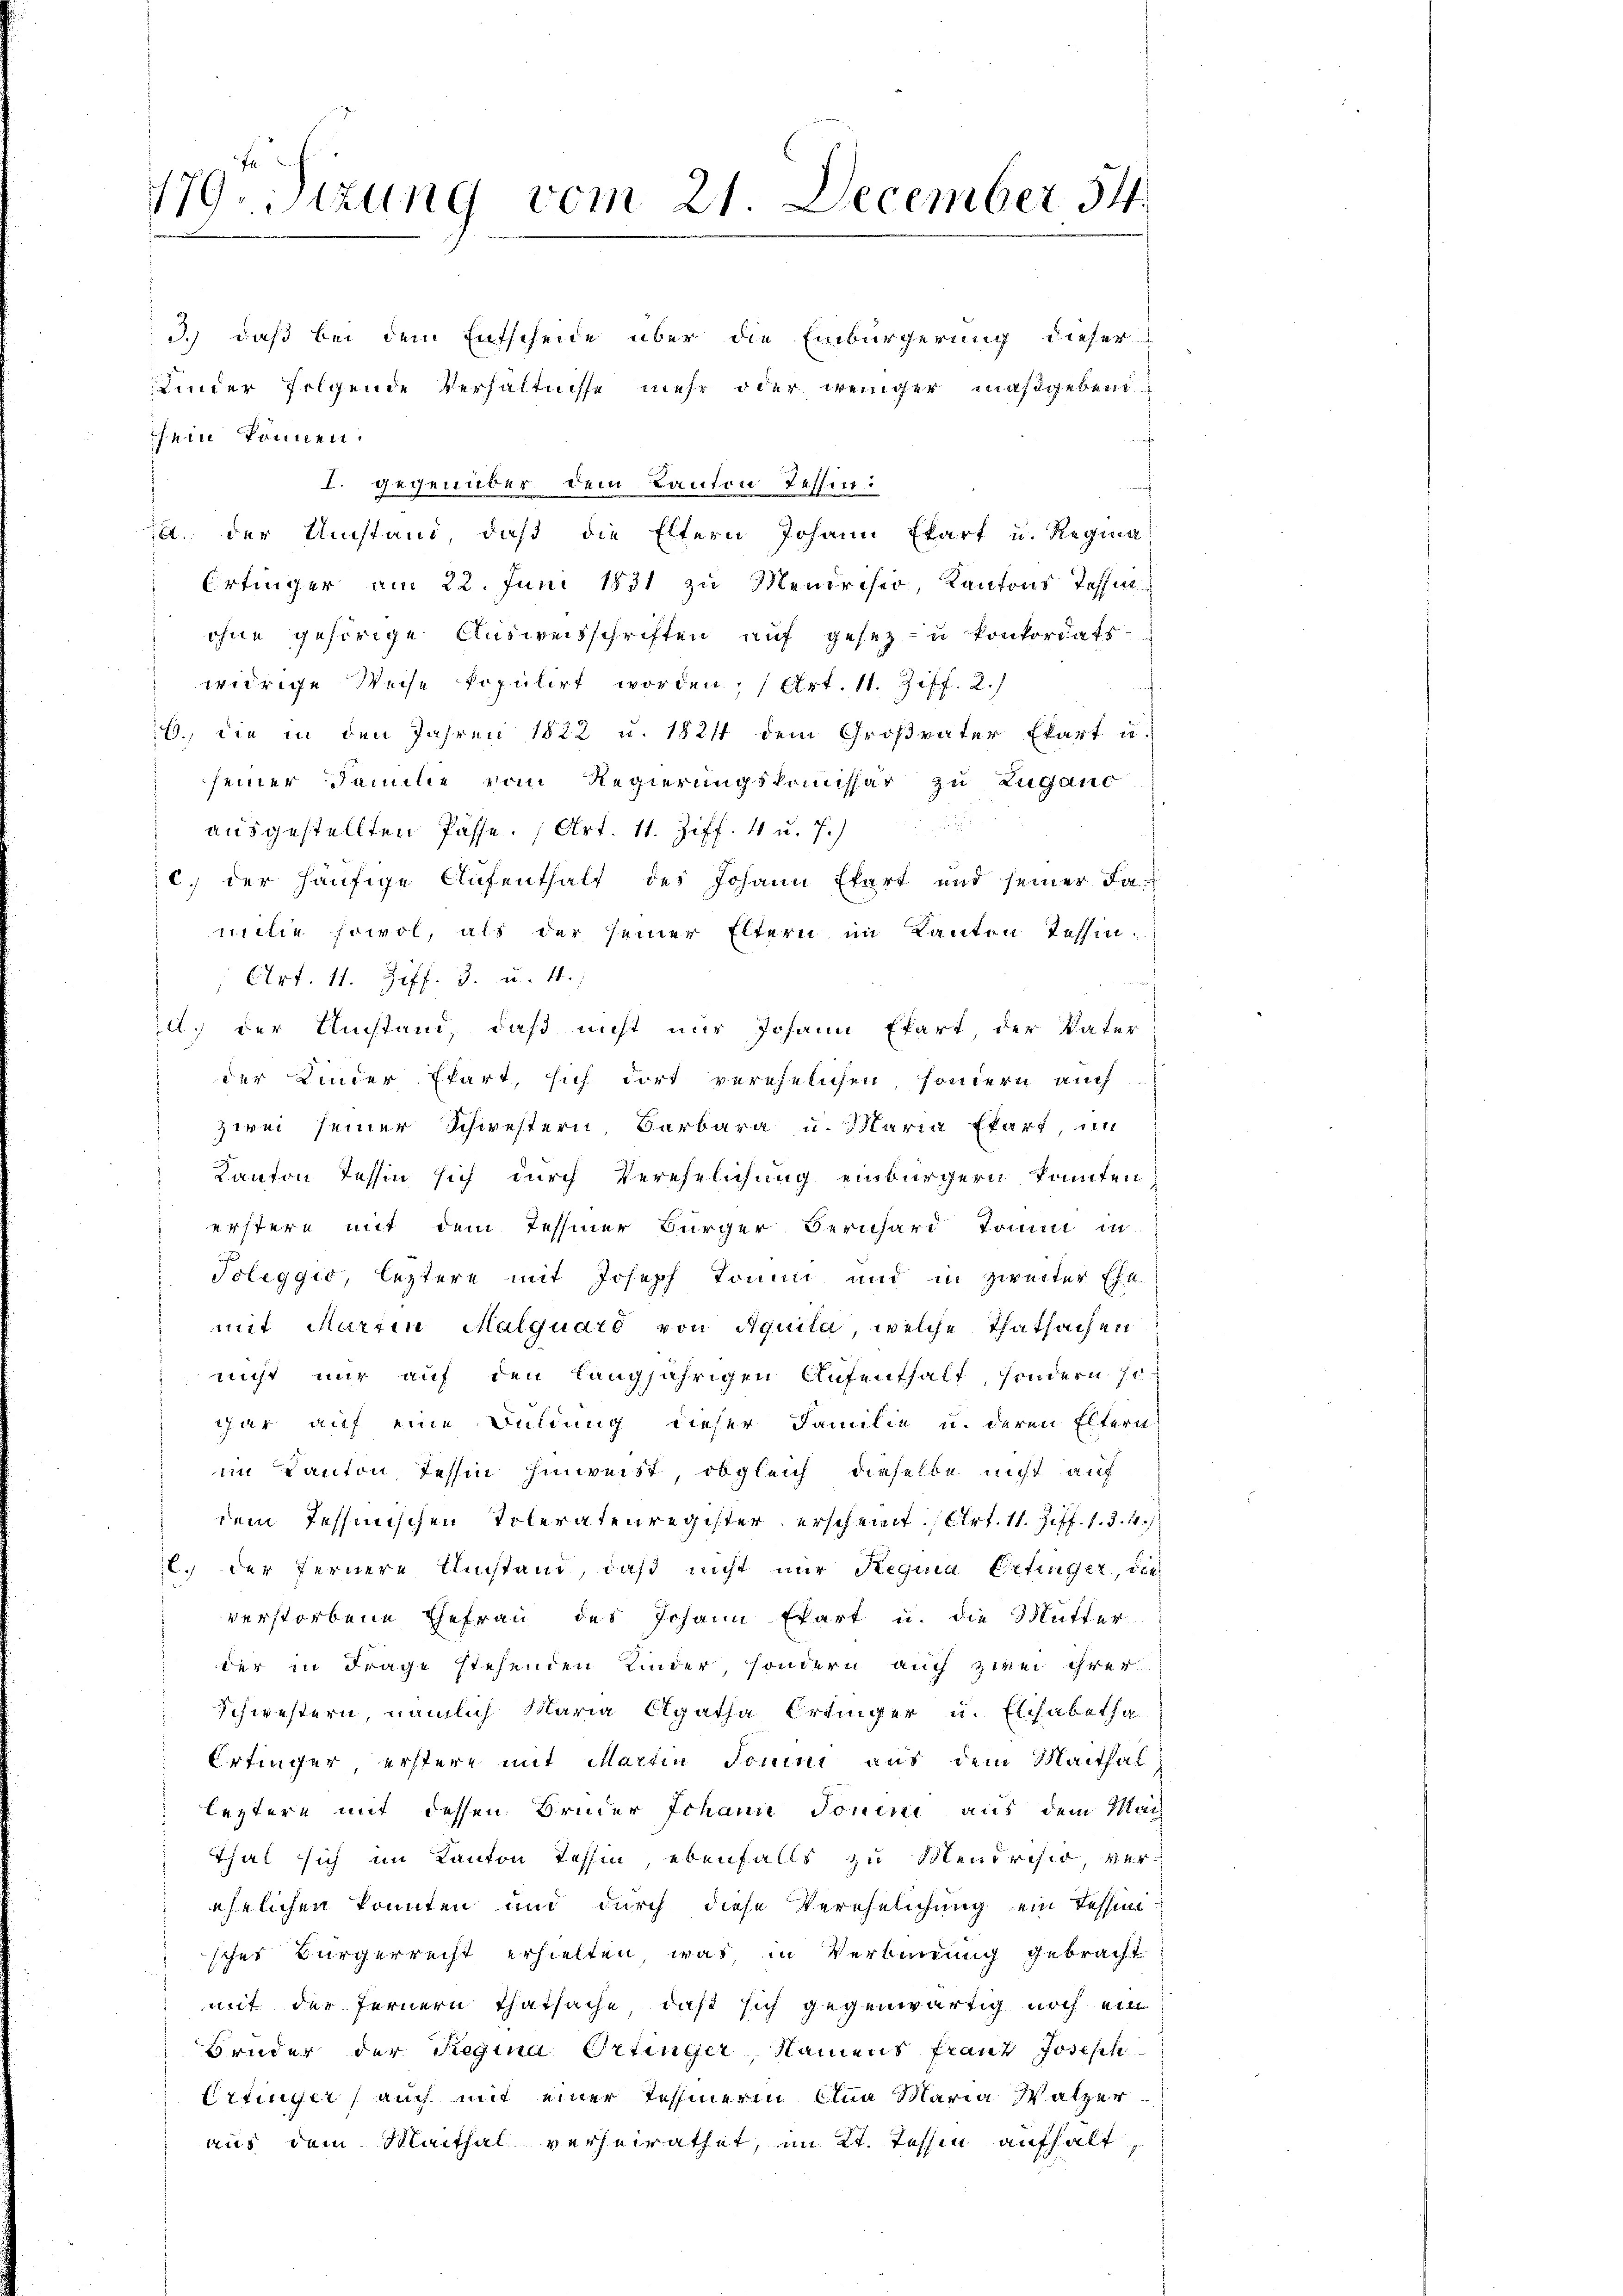
179. Sizung vom 21. December 54.

3.) daß bei dem Entscheide über die Einbürgerung dieser
Kinder folgende Verhältnisse mehr oder weniger maßgebend
sein können.
I. gegenüber dem Kanton Tessin.
12. der Umstand, daβ die Eltern Johann Ekart u. Regina
Erfinger am 22. Juni 1831 zu Mendriser, Kantons Tessinohne gehörige Ausweisschriften auf gesezu konkordatswidrige Weise kopulirt worden; (Art. 11. Ziff. 2.)
16. die in den Jahren 1822 u. 1824 dem Großvater Elart u.
seiner Familie vom Regierungskommissär zu Zugano
ausgestellten Pässe. (Art. 11. Ziff. 4 u. 7.)
c. der häufige Aufenthalt des Johann Ebert und seiner Fa-
milie sowol, als der seiner Eltern im Kanton Tessin¬
Art. 11. Ziff. 3. u. 4.)
l. der Umstand, daß nicht nur Johann Efart der Vater
der Kinder Ekart, sich dort verehelichen sondern auch
zwei seiner Schwestern Barbara u. Maria Ekart un
Kanton Tessin sich durch Verehelichung einbürgern konnten
erstern mit dem Tessiner Bürger Bernhard Tomi in
Toleggio, leztere mit Joseph Tomin und in zweiter Ehe
mit Martin Malquard von Aquita, welche Thatsachen
 nicht nur auf den langjährigen Aufenthalt, sondern so
gar auf eine Duldung dieser Familie u. deren Eltern
im Kanton Tessin hinweist, obgleich dieselbe nicht auf
dem Tessinischen Toleratenregister erscheint. (Art. 11. Ziff. 1. 3. 4.
C. der fernere Umstand, daß nicht nur Requia Ettinger, die
verstorbene Ehefrau des Johann Ehart u. die Mutter
der in Frage stehenden Kinder, sondern auch zwei ihrer
Schwestern, nämlich Maria Agatha Ertinger u. Elisabetha
Ertinger, erstere mit Martin Somni aus dem Maithalleztere mit dessen Brüder Johann Jonen aus dem Mach
Thal sich im Kanton Tessin, ebenfalls zu Mendrisio, verehelichen konnten und durch diese Verehelichung ein Tessin
sches Bürgerrecht erhielten was in Verbindung gebracht
mit der Fernern Thatsache, daß sich gegenwärtig noch ein
Bruder der Regina Ortinger, Namens franz Joseph
Ertinger auch mit einer Tessinerin Alma Maria Watzer
aus dem Maithal verheirathet, im Kt. Tessin aufhalt